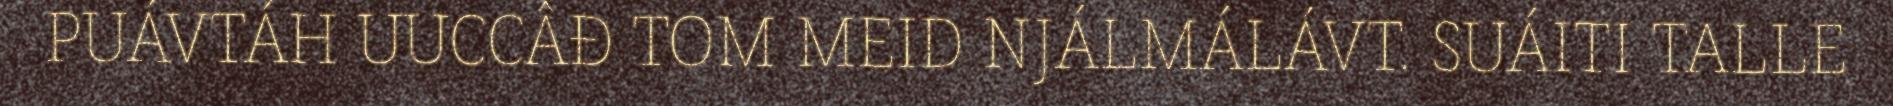
PUÁVTÁH UUCCÂĐ TOM MEID NJÁLMÁLÁVT. SUÁITI TALLE